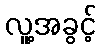
လူ့အခွင့်